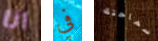
انا في سماحتك